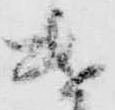
遣